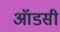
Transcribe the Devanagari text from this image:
ऑडसी